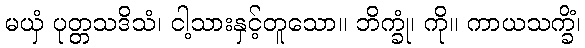
မယှံ ပုတ္တသဒိသံ၊ ငါ့သားနှင့်တူသော။ ဘိက္ခုံ၊ ကို။ ကာယသက္ခိံ၊